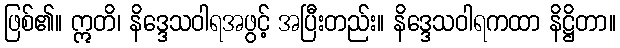
ဖြစ်၏။ ဣတိ၊ နိဒ္ဒေသဝါရအဖွင့် အပြီးတည်း။ နိဒ္ဒေသဝါရကထာ နိဋ္ဌိတာ။